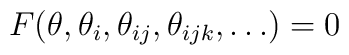
F(\theta,\theta_i,\theta _{ij}, \theta_{ijk},\dots)=0